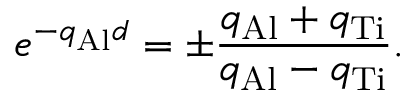
e ^ { - q _ { \mathrm { A l } } d } = \pm \frac { q _ { \mathrm { A l } } + q _ { \mathrm { T i } } } { q _ { \mathrm { A l } } - q _ { \mathrm { T i } } } .